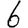
Digit: 6